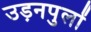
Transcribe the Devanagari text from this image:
उड़नपुलों